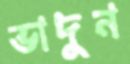
ভাদুন